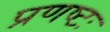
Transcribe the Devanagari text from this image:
प्रणष्टः